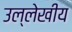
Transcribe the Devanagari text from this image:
उल्लेखीय